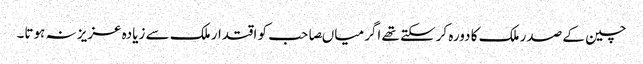
چین کے صدر ملک کا دورہ کرسکتے تھے اگر میاںصاحب کو اقتدار ملک سے زیادہ عزیز نہ ہوتا۔